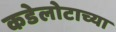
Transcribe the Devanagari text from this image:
कडेलोटाच्या